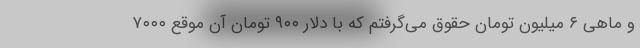
و ماهی ۶ میلیون تومان حقوق می‌گرفتم که با دلار ۹۰۰ تومان آن موقع ۷۰۰۰